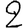
Digit: 2